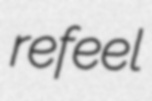
refeel